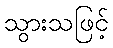
သွားသဖြင့်